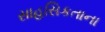
સાહસિકતાના